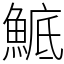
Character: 鯳